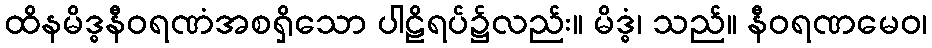
ထိနမိဒ္ဓနီဝရဏံအစရှိသော ပါဠိရပ်၌လည်း။ မိဒ္ဓံ၊ သည်။ နီဝရဏမေဝ၊